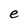
Character: e